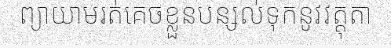
ព្យាយាមរត់គេចខ្លួនបន្សល់ទុកនូវវត្តុតា